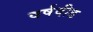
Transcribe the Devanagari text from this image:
वर्षदीड